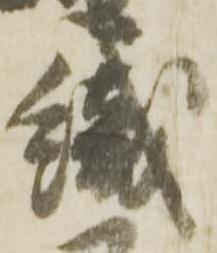
織